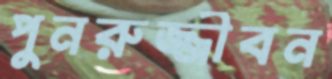
পুনরুজ্জীবন